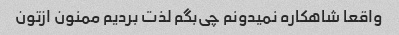
واقعا شاهکاره نمیدونم چی‌بگم لذت بردیم ممنون ازتون